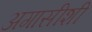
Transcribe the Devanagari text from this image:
अगासीशी